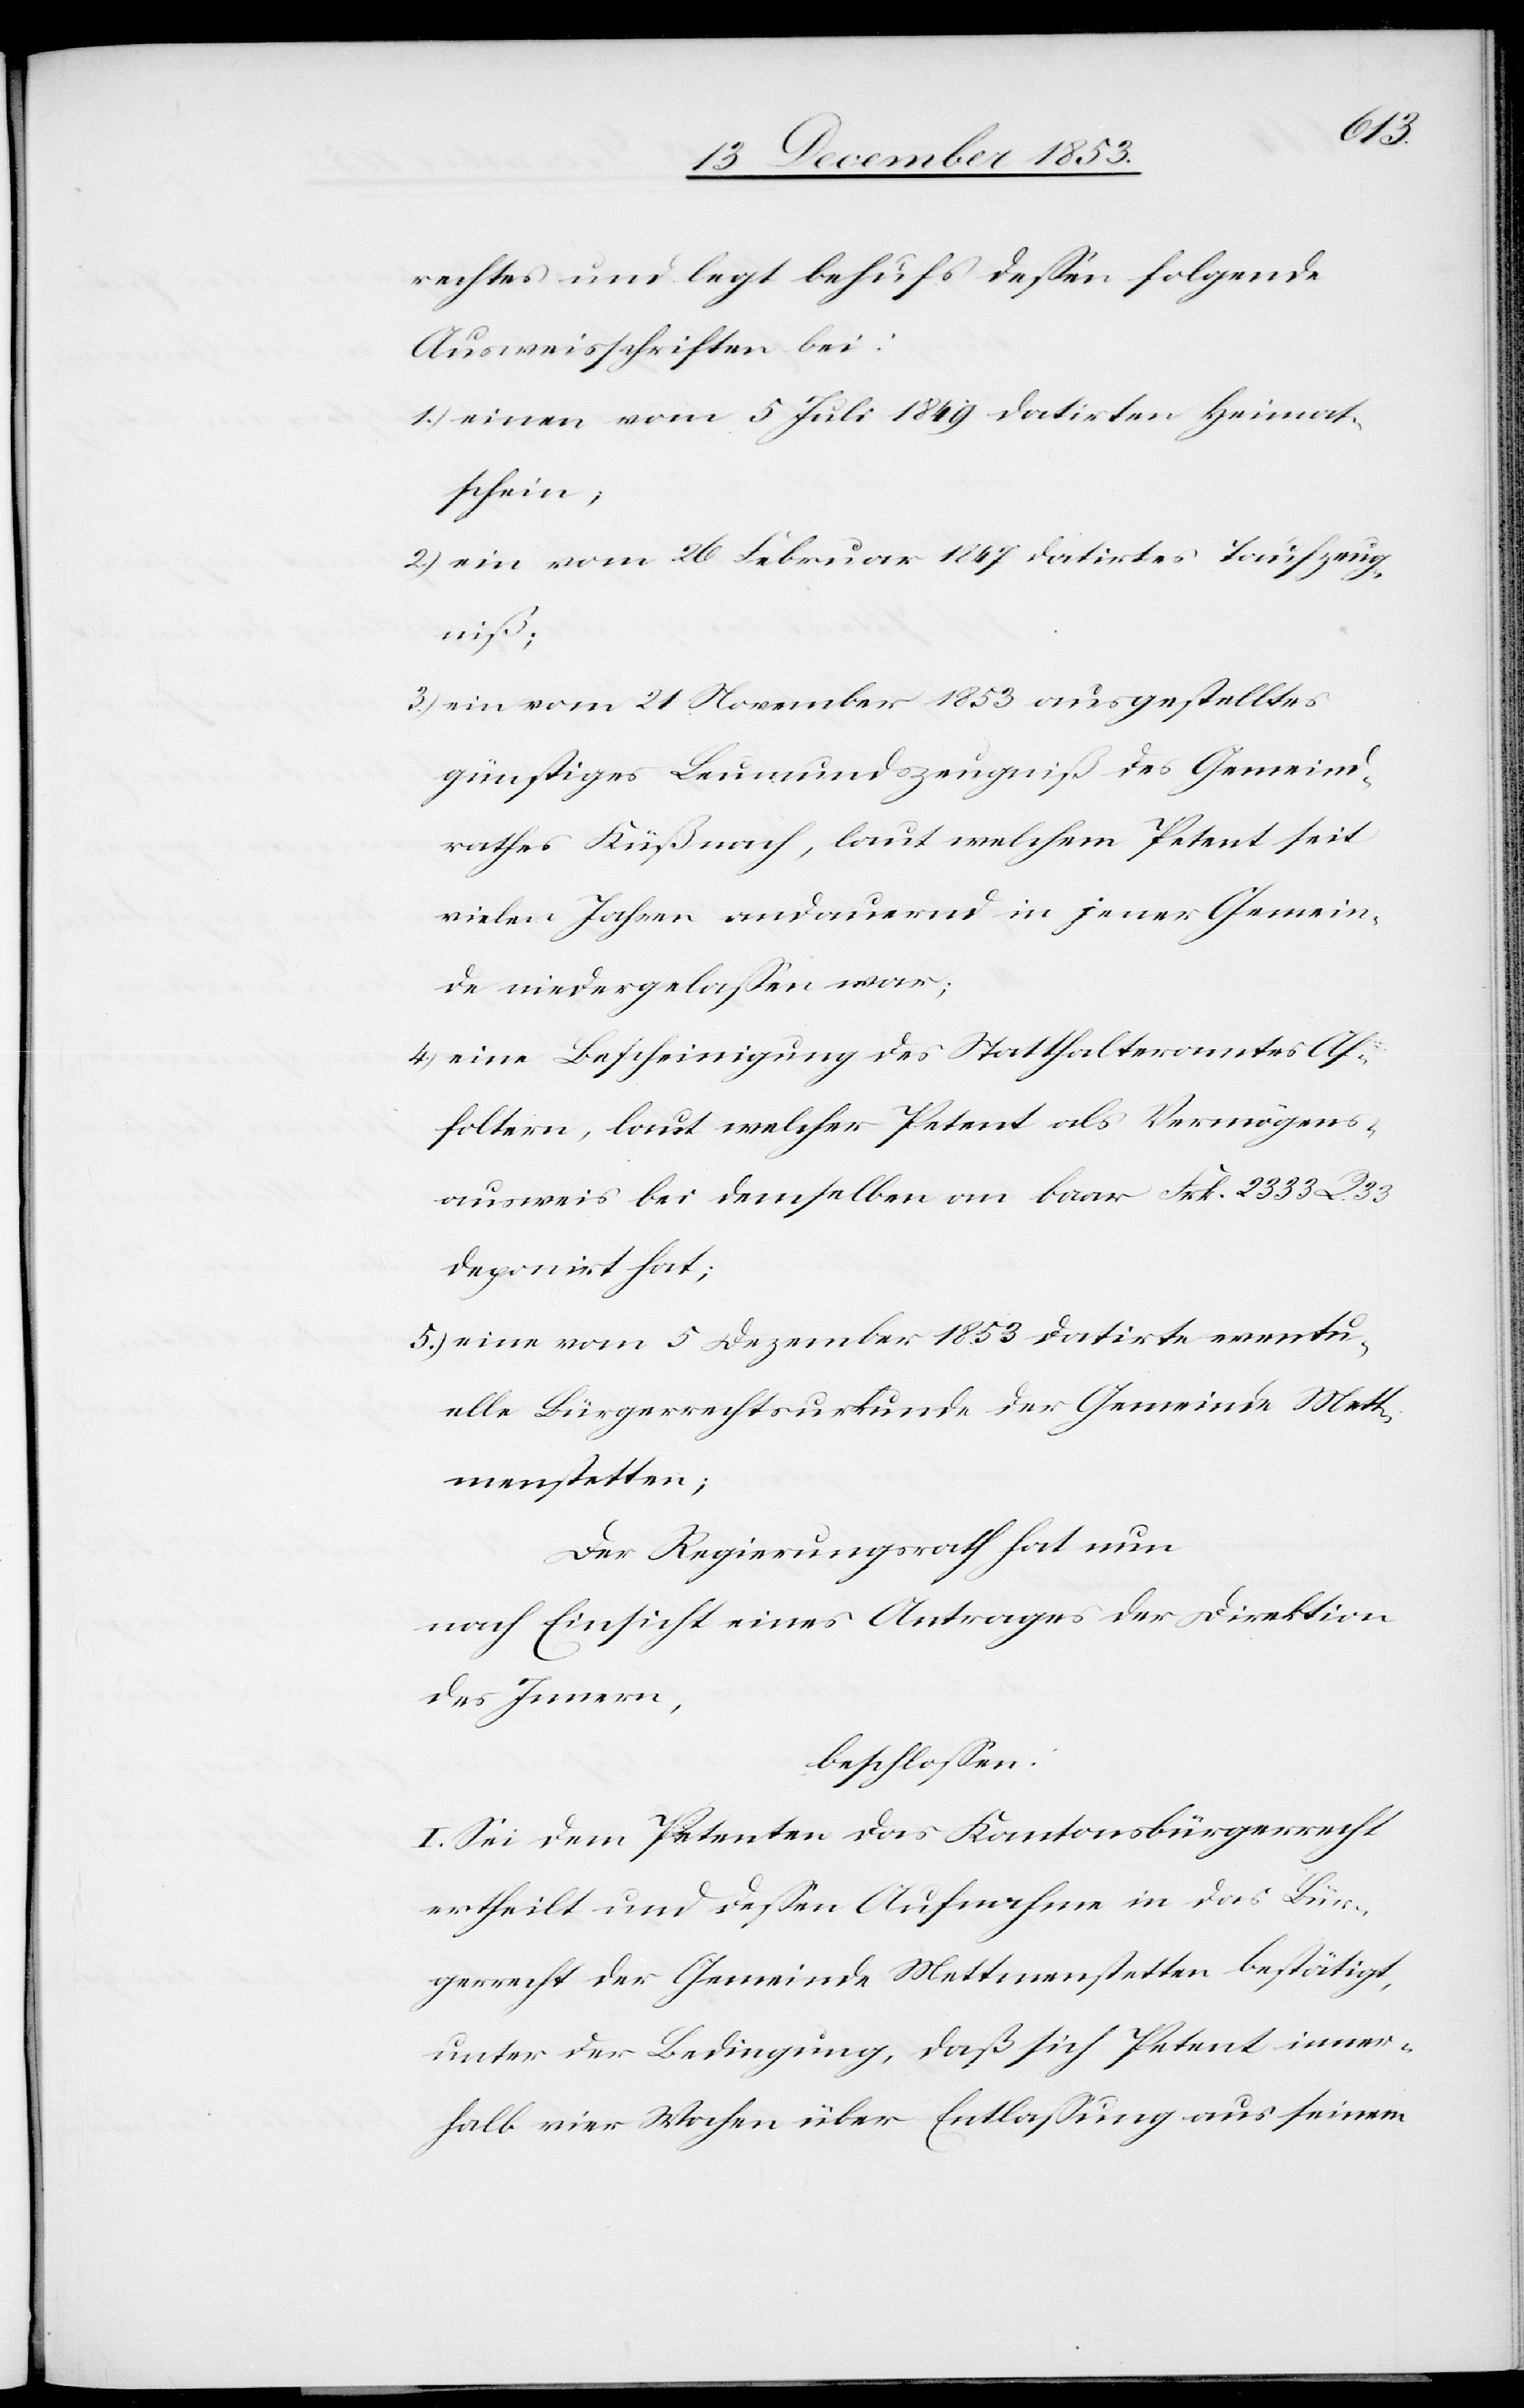
rechtes und legt behufs deßen folgende
Ausweisschriften bei:
1.) einen vom 5 Juli 1849 datirten Heimat¬
schein,
2.) ein vom 26 Februar 1847 datirtes Taufzeug¬
niß;
3.) ein vom 21 November 1853 ausgestelltes
günstiges Leumundszeugniß des Gemeind¬
rathes Küßnach[t], laut welchem Petent seit
vielen Jahren andauernd in jener Gemein¬
de niedergelaßen war;
4.) eine Bescheinigung des Statthalteramtes Af¬
foltern, laut welcher Petent als Vermögens¬
ausweis bei demselben an baar Frk. 2333 R.
deponirt hat;
5.) eine vom 5 Dezember 1853 datirte eventu¬
elle Bürgerrechtsurkunde der Gemeinde Mett¬
menstetten;
Der Regierungsrath hat nun
nach Einsicht eines Antrages der Direktion
des Innern,
beschloßen:
I. Sei dem Petenten das Kantonsbürgerrecht
ertheilt und deßen Aufnahme in das Bür¬
gerrecht der Gemeinde Mettmenstetten bestätigt,
unter der Bedingung, daß sich Petent inner¬
halb vier Wochen über Entlaßung aus seinem